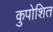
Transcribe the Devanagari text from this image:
कुपोशित